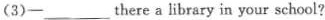
(3) —___there a library in your school?